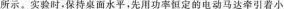
所示。实验时，保持桌面水平，先用功率恒定的电动马达牵引着小